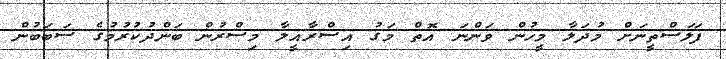
ފަލަސްތީނަށް މުދަލާ މީހުން ވަންނަ އޮތް މަގު އިސްރާއީލާ މިސްރުން ބަންދުކުރުމުގެ ސަބަބުން